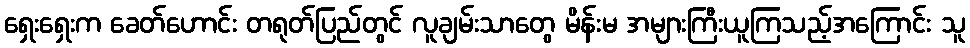
ရှေးရှေးက ခေတ်ဟောင်း တရုတ်ပြည်တွင် လူချမ်းသာတွေ မိန်းမ အများကြီးယူကြသည့်အကြောင်း သူ